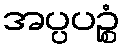
အပ္ပပဉ္စံ